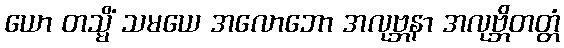
ယော တသ္မိံ သမယေ အလောဘော အလုဗ္ဘနာ အလုဗ္ဘိတတ္တံ